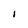
Character: I